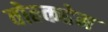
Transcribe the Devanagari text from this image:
वोल्कहेम